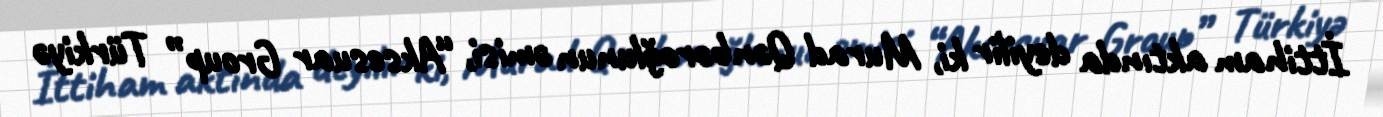
İttiham aktında deyilir ki, Murad Qənbəroğlunun əmisi, “Aksesuar Group” Türkiyə